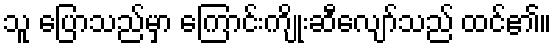
သူ ပြောသည်မှာ ကြောင်းကျိုးဆီလျော်သည် ထင်၏။